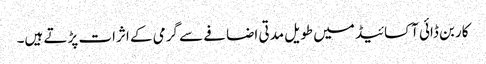
کاربن ڈائی آکسائیڈ میں طویل مدتی اضافے سے گرمی کے اثرات پڑتے ہیں۔